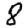
Digit: 8